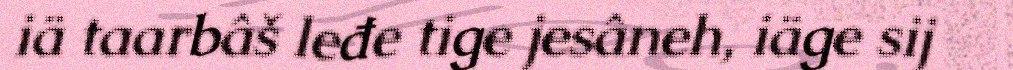
iä taarbâš leđe tige jesâneh, iäge sij